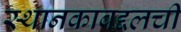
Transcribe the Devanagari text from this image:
स्थानकाबद्दलची